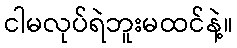
ငါမလုပ်ရဲဘူးမထင်နဲ့။